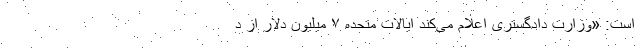
است: «وزارت دادگستری اعلام می‌کند ایالات متحده ۷ میلیون دلار از د